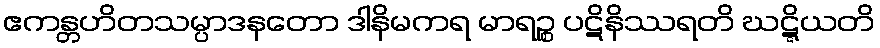
ဧကန္တဟိတသမ္ပာဒနတော ဒါနိမကရ မာရဉ္စ ပဋိနိဿရတိ ဃဋ္ဋိယတိ